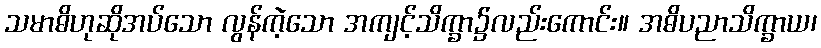
သမာဓိဟုဆိုအပ်သော လွန်ကဲ့သော အကျင့်သိက္ခာ၌လည်းကောင်း။ အဓိပညာသိက္ခာယ၊